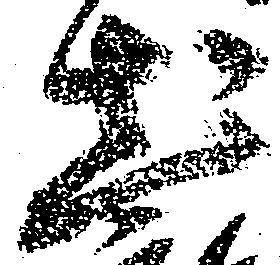
出